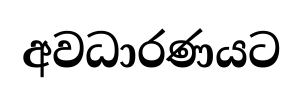
අවධාරණයට